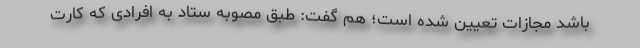
باشد مجازات تعیین شده است؛ هم گفت: طبق مصوبه ستاد به افرادی که کارت